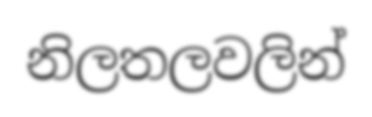
නිලතලවලින්